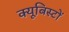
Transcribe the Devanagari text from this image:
क्यूबिस्टों